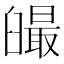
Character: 𦦣